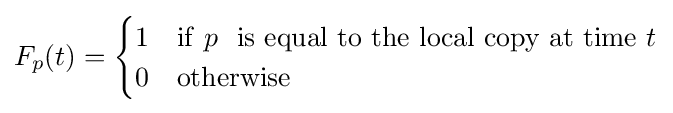
F_{p}(t)={\begin{cases}1&{\rm {if}}~p~{\rm {~is~equal~to~the~local~copy~at~time}}~t\\0&{\rm {otherwise}}\end{cases}}